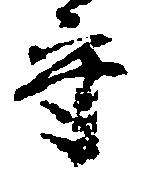
守